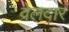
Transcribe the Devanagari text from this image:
वेलदार